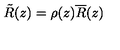
\tilde { R } ( z ) = \rho ( z ) \overline { R } ( z )